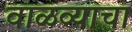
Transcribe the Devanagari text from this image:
वाळव्याचा